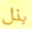
بذل